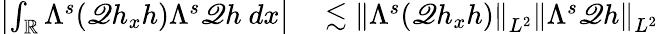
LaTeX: \begin{array}{rl}{\left|\int_{\mathbb R}\Lambda^{s}(\mathscr{Q}h_{x}h)\Lambda^{s}\mathscr{Q}h\ dx\right|}&{{}\lesssim\left\| \Lambda^{s}(\mathscr{Q}h_{x}h)\right\| _{L^{2}}\left\| \Lambda^{s}\mathscr{Q}h\right\| _{L^{2}}}\end{array}